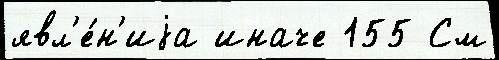
явл'е́н'иjа иначе 155 См